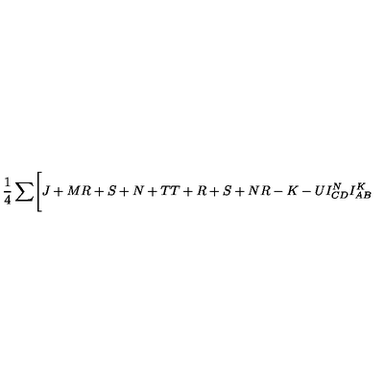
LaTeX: { \frac { 1 } { 4 } } \sum \Biggl [ { \binom { J + M } { R + S + N + T } } { \binom { T + R + S + N } { R - K - U } } I _ { C D } ^ { N } I _ { A B } ^ { K }